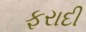
ફરાદી